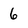
Character: 6